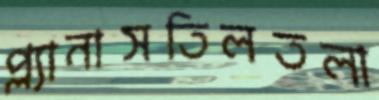
প্ল্যানাসতিলতলা